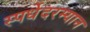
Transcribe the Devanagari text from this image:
स्पर्धेेदरम्यान